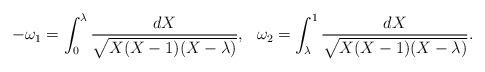
LaTeX: \begin{align*} -\omega_1 = \int_0^{\lambda} \frac{dX}{\sqrt{X(X-1)(X-\lambda)}}, ~~ \omega_2 = \int_{\lambda}^1 \frac{dX}{\sqrt{X(X-1)(X-\lambda)}}.\end{align*}